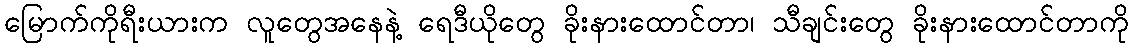
မြောက်ကိုရီးယားက လူတွေအနေနဲ့ ရေဒီယိုတွေ ခိုးနားထောင်တာ၊ သီချင်းတွေ ခိုးနားထောင်တာကို